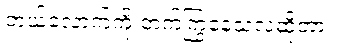
ဘယ်လောက်ကို တက်ကြွနေသလဲဆိုတာ။